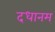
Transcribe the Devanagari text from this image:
दधानम्